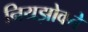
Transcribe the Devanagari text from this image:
नियझोवने